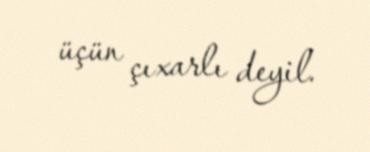
üçün çıxarlı deyil.